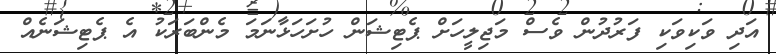
އަދި ވަކިވަކި ފަރުދުން ވެސް މަޖިލީހަށް ޕެޓިޝަން ހުށަހަޅާނަމަ މެންބަރަކު އެ ޕެޓިޝަނެއް